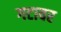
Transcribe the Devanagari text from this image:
गटावर